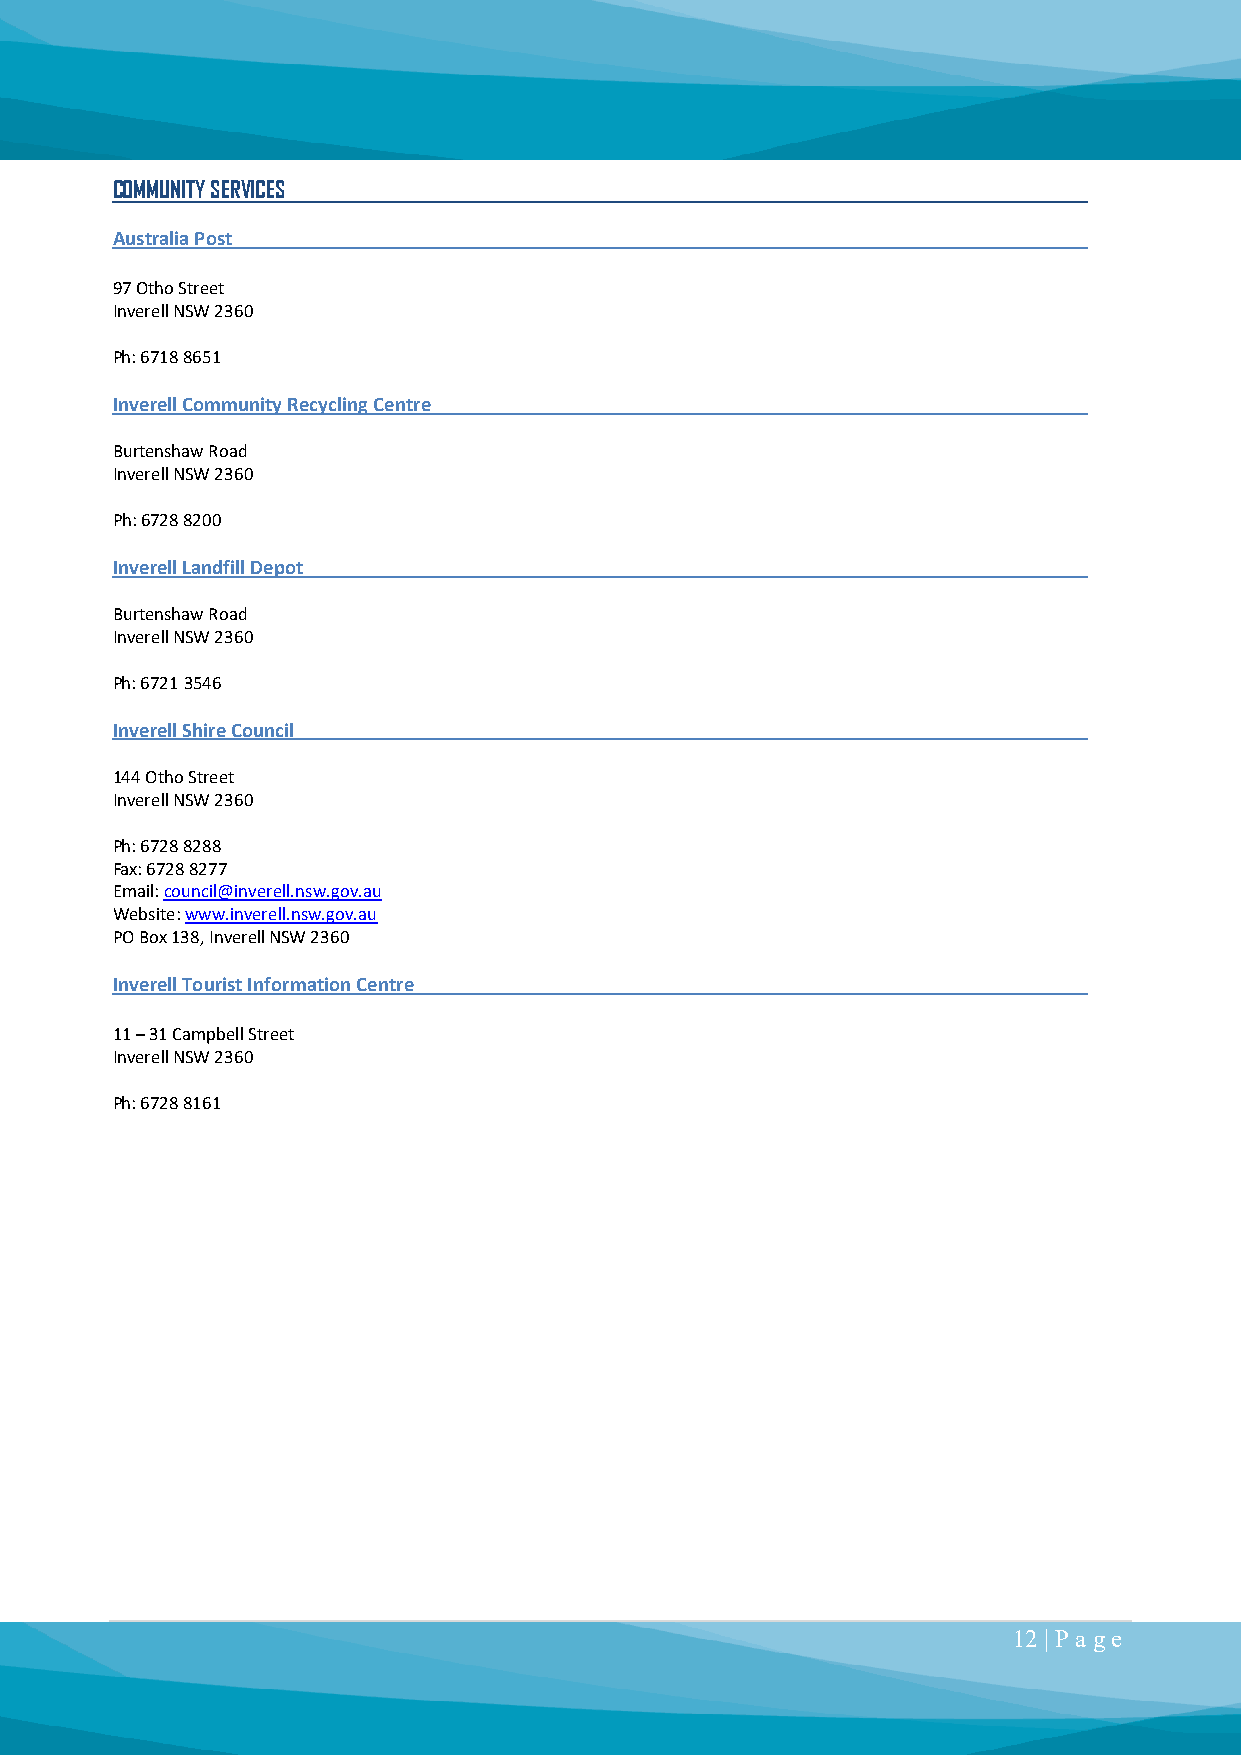
COMMUNITY SERVICES
 Australia Post
 97 Otho Street
 Inverell NSW 2360
 Ph: 6718 8651
 Inverell Community Recycling Centre
 Burtenshaw Road
 Inverell NSW 2360
 Ph: 6728 8200
 Inverell Landfill Depot
 Burtenshaw Road
 Inverell NSW 2360
 Ph: 6721 3546
 Inverell Shire Council
 144 Otho Street
 Inverell NSW 2360
 Ph: 6728 8288
 Fax: 6728 8277
 Email: council@inverell.nsw.gov.au
 Website: www.inverell.nsw.gov.au
 PO Box 138, Inverell NSW 2360
 Inverell Tourist Information Centre
 11 – 31 Campbell Street
 Inverell NSW 2360
 Ph: 6728 8161
 12 | P a ge